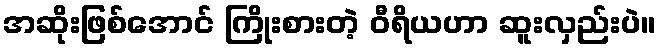
အဆိုးဖြစ်အောင် ကြိုးစားတဲ့ ဝီရိယဟာ ဆူးလှည်းပဲ။